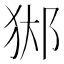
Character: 𨛊